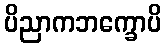
ပိညာကဘက္ခောပိ